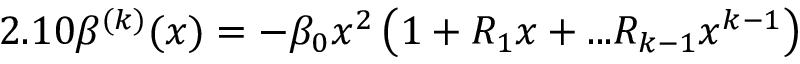
2 . 1 0 \beta ^ { ( k ) } ( x ) = - \beta _ { 0 } x ^ { 2 } \left( 1 + R _ { 1 } x + . . . R _ { k - 1 } x ^ { k - 1 } \right)